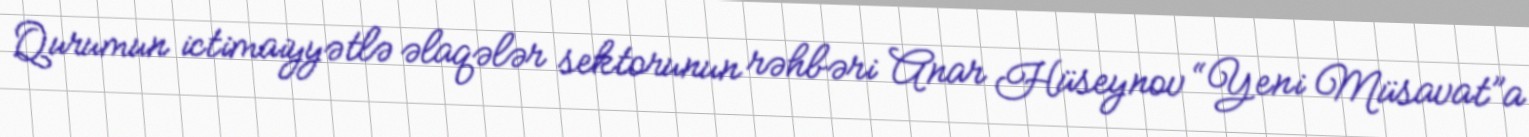
Qurumun ictimaiyyətlə əlaqələr sektorunun rəhbəri Anar Hüseynov “Yeni Müsavat”a